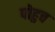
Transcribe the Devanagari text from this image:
पोहुच